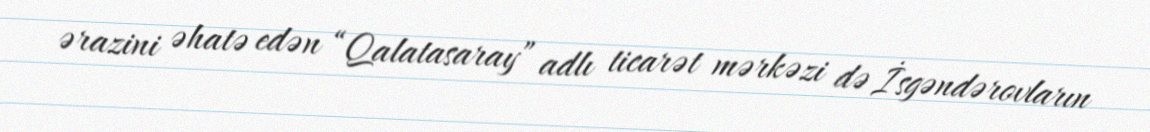
ərazini əhatə edən “Qalatasaray” adlı ticarət mərkəzi də İsgəndərovların